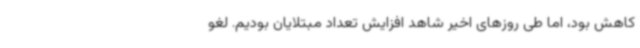
کاهش بود، اما طی روزهای اخیر شاهد افزایش تعداد مبتلایان بودیم. لغو